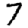
Digit: 7